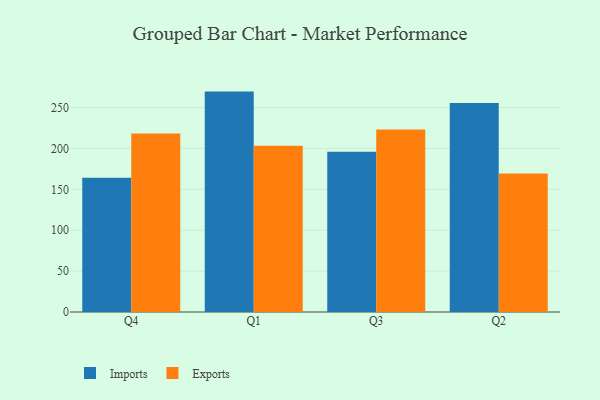
{"axis": {"x": "Quarter", "y": "Churn Rate (%)"}, "legend": ["Exports", "Imports"], "data": [{"x": "Q4", "y": 164.2, "type": "Imports"}, {"x": "Q4", "y": 218.2, "type": "Exports"}, {"x": "Q1", "y": 269.5, "type": "Imports"}, {"x": "Q1", "y": 203.3, "type": "Exports"}, {"x": "Q3", "y": 196.0, "type": "Imports"}, {"x": "Q3", "y": 223.2, "type": "Exports"}, {"x": "Q2", "y": 255.7, "type": "Imports"}, {"x": "Q2", "y": 169.3, "type": "Exports"}]}